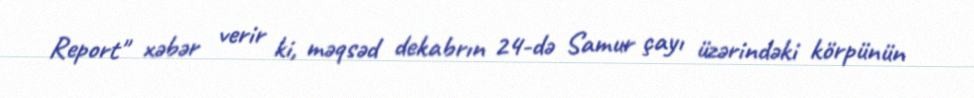
Report" xəbər verir ki, məqsəd dekabrın 24-də Samur çayı üzərindəki körpünün